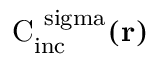
\mathrm { { C } _ { \mathrm { { i n c } } } ^ { \ s i g m a } ( { \bf r } ) }